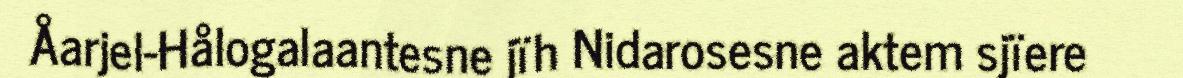
Åarjel-Hålogalaantesne jïh Nidarosesne aktem sjïere